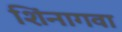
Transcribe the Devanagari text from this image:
शिंनागवा